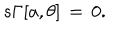
s \Gamma [ a , \theta ] \, = \, 0 .